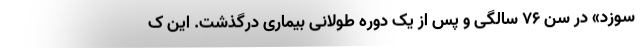
‌سوزد» در سن ۷۶ سالگی و پس از یک دوره طولانی بیماری درگذشت. این ک